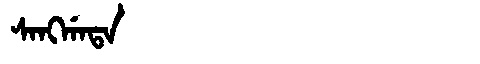
Manchu: ᠰᠠᠩᡤᠠᡨᠠ
Romanization: SANGGATA